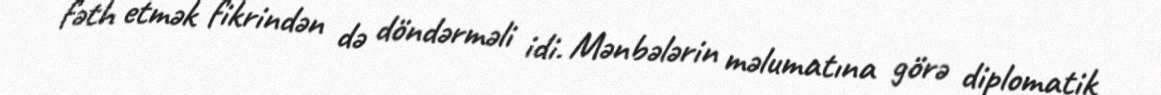
fəth etmək fikrindən də döndərməli idi. Mənbələrin məlumatına görə diplomatik